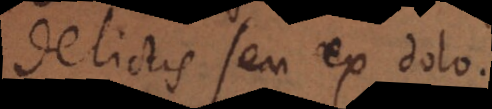
delictis seu ex dolo.